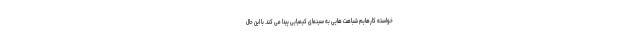
خواسته کارهایم شباهت هایی به سینمای کیمیایی پیدا می کند. با این حال